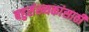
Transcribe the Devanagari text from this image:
बहुसंख्यकांसाठी